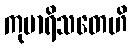
ကုမာရိသတေဟိ